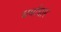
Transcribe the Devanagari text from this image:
धर्माचार